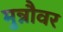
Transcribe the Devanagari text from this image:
मुन्नौवर